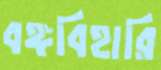
বঙ্গবিহারি